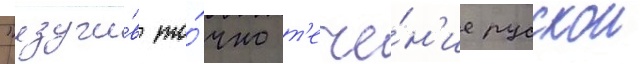
"изучи́в то́чно т'ече́н'ие русскои